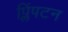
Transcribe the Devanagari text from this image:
प्लिंपटन